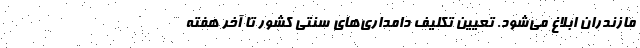
مازندران ابلاغ می‌شود. تعیین تکلیف دامداری‌های سنتی کشور تا آخر هفته